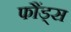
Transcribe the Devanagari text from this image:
फौंड्स